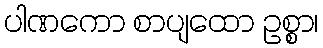
ပါဏကော စာပျထော ဥစ္စာ၊